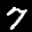
Label: 7